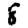
Digit: 8